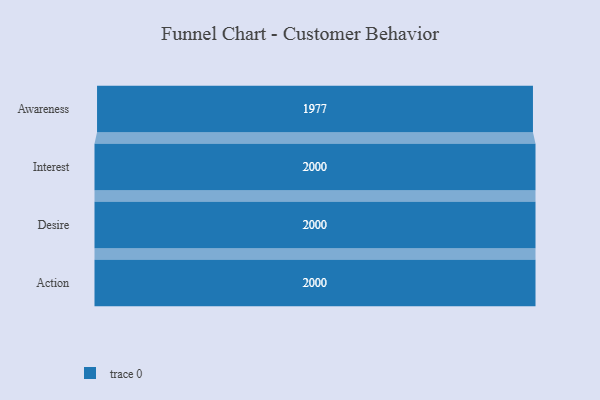
{"axis": {"x": "Stage", "y": "Value"}, "legend": [""], "data": [{"x": "Awareness", "y": 1977.0, "type": ""}, {"x": "Interest", "y": 2000, "type": ""}, {"x": "Desire", "y": 2000, "type": ""}, {"x": "Action", "y": 2000, "type": ""}]}